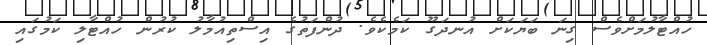
ހުއްޓާލުމަށްވެސް ގިނަ ބަޔަކަށް އުނދަގޫ ކަމެކެވެ. ދުންފަތުގެ އިސްތިއުމާލު ކުރުން ހުއްޓާލި ކަމުގައި